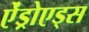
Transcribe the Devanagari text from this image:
ऐंड्रोएड्स